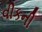
વીકની